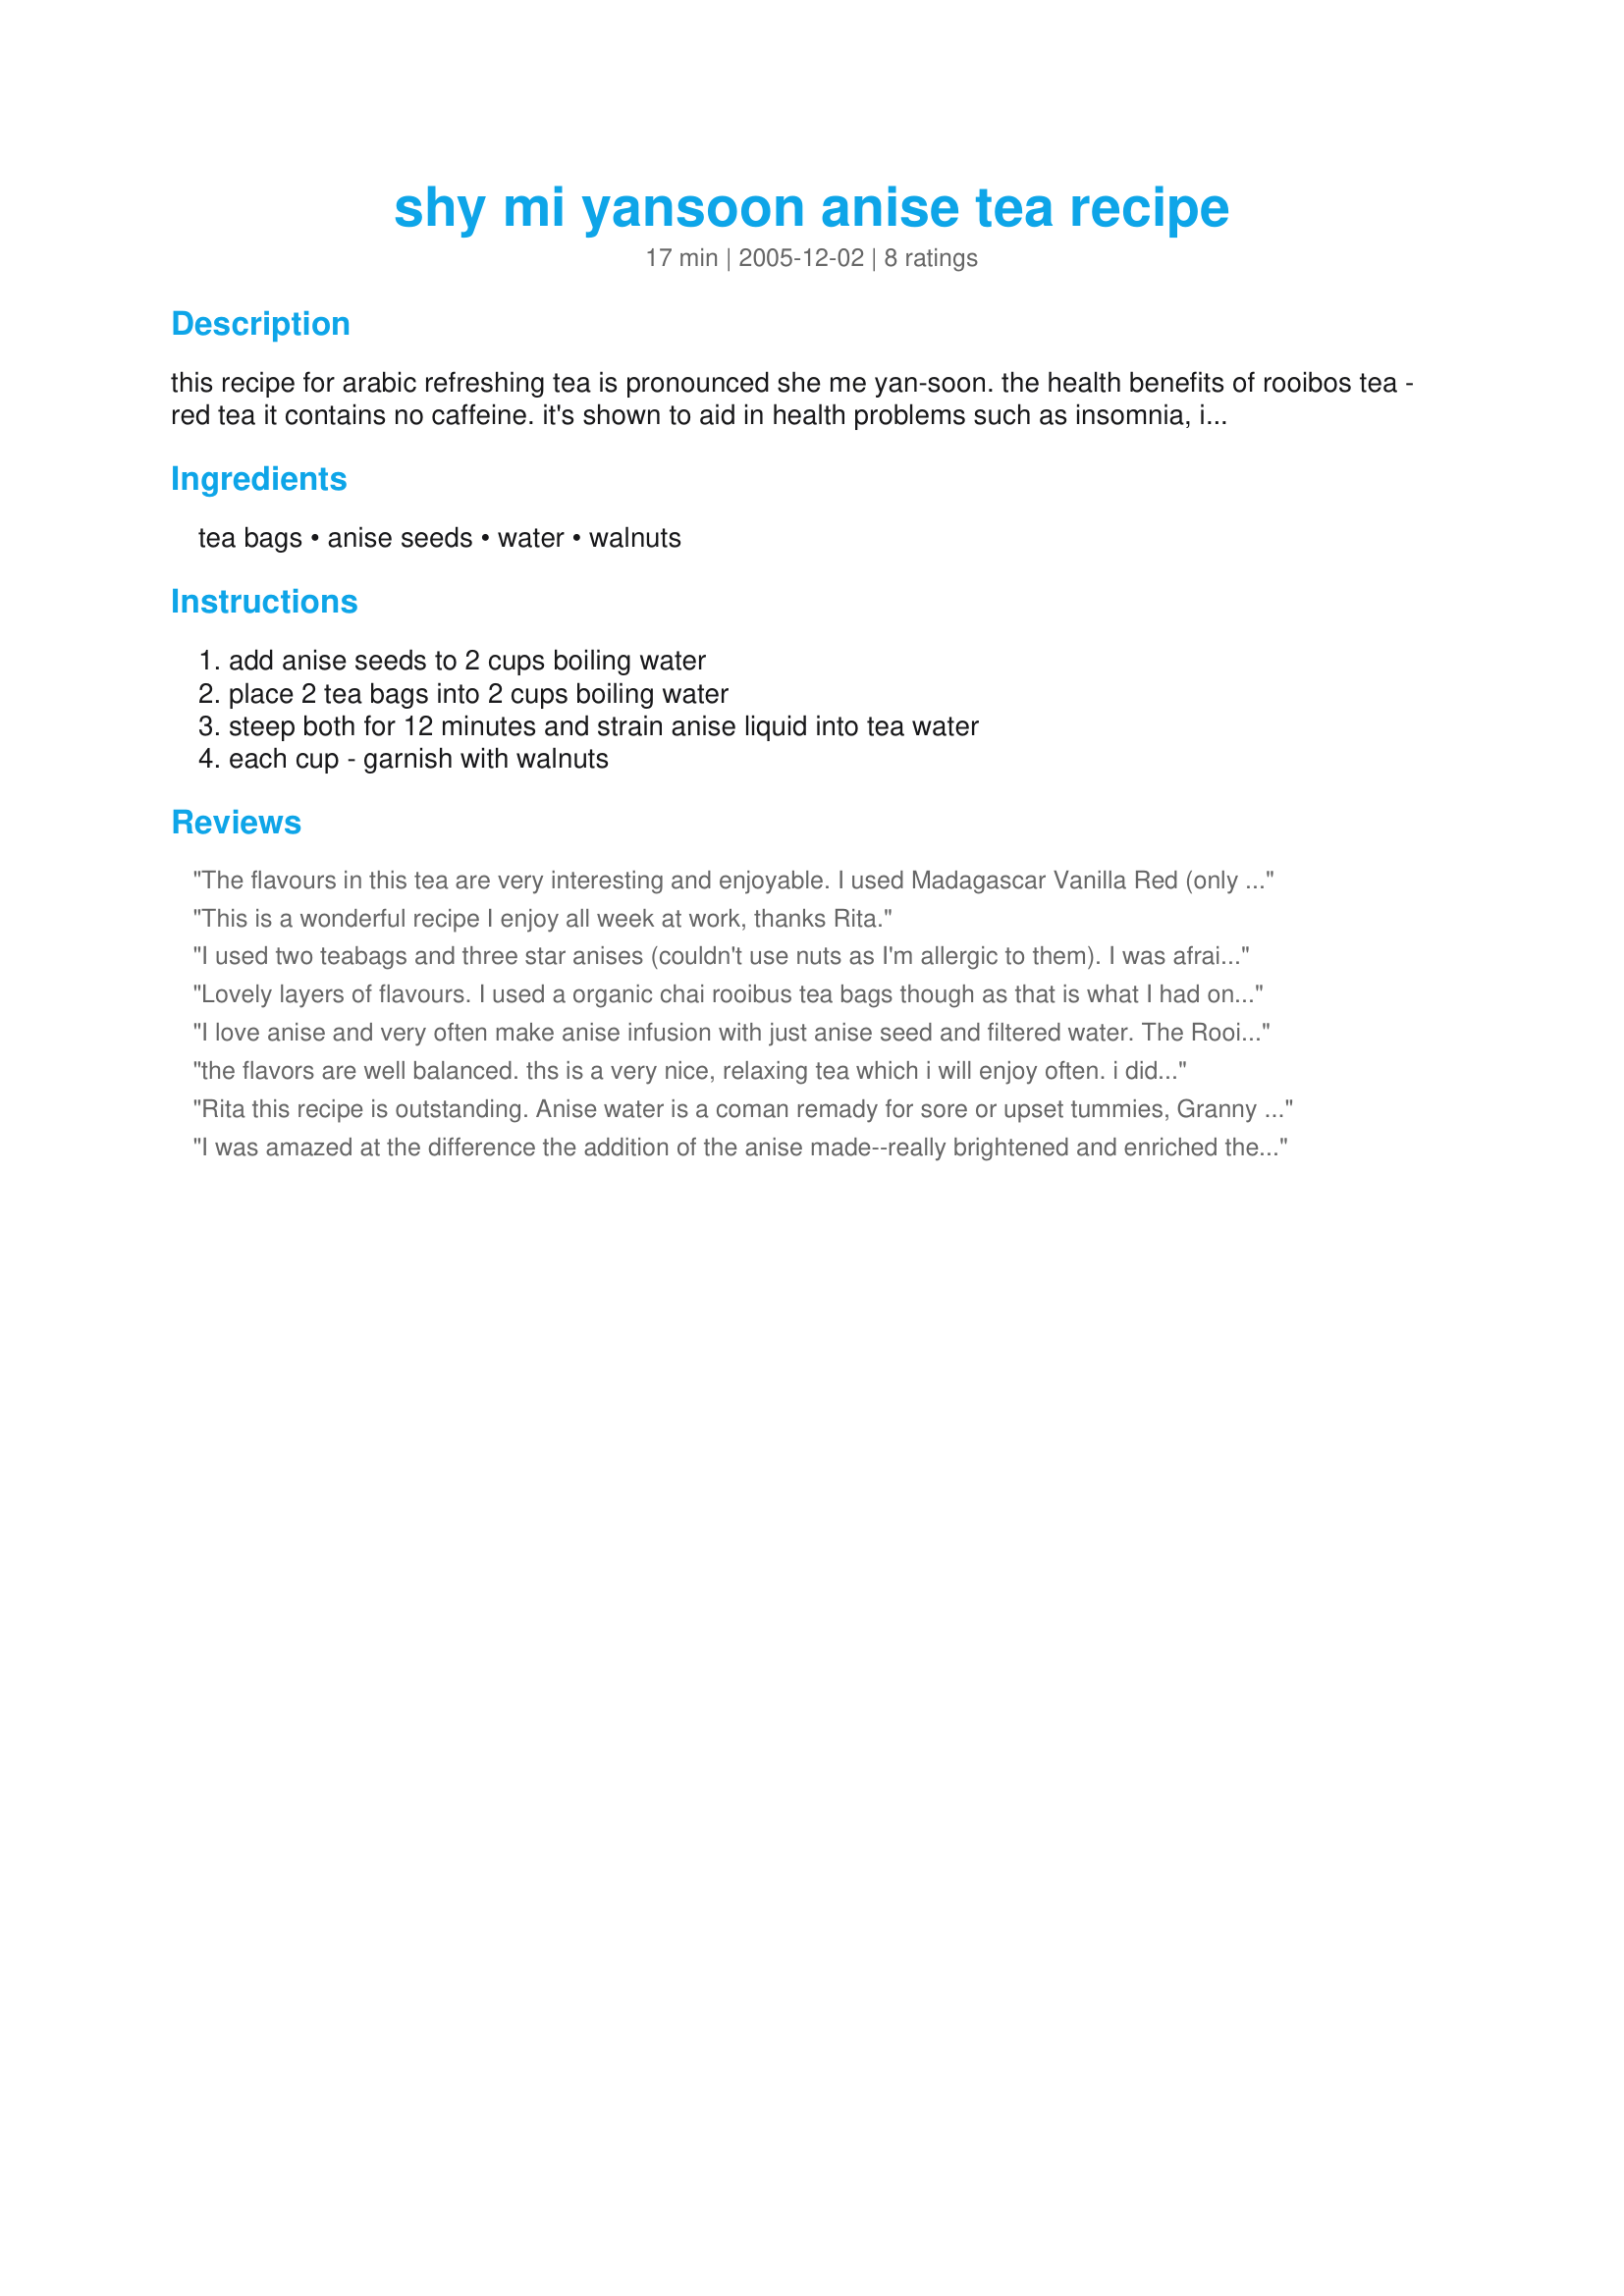
shy mi yansoon anise tea recipe
Preparation time: 17 minutes

this recipe for arabic refreshing tea is pronounced she me yan-soon. the health benefits of rooibos tea - red tea
it contains no caffeine. it's shown to aid in health problems such as insomnia, irritability, headaches, nervous tension, and hypertension. studies also show that this tea relieves anti- spasmodic agents, which can relieve stomach cramping and colic in infants. in south africa rooibos has been used to treat allergies such as hay fever, asthma and eczema very effectively. rooibos contains anti - oxidants which can help slow the aging process and boost the immune system. rooibos is a great thirst quencher and is an excellent beverage for active people, including children without sugar. this tea contains almost no oxalic acid, making it a good beverage for people prone to kidney stones. rooibos contains the following minerals: copper, iron and potassium, calcium, fluoride, zinc, manganese, alpha- hydroxy ( for healthy skin ) and magnesium ( for the nervous system ) are also components of this tea.

Ingredients:
tea bags, anise seeds, water, walnuts

Steps:
add anise seeds to 2 cups boiling water, place 2 tea bags into 2 cups boiling water, steep both for 12 minutes and strain anise liquid into tea water, each cup - garnish with walnuts

Reviews:
The flavours in this tea are very interesting and enjoyable. I used Madagascar Vanilla Red (only rooibos tea I could find). I omitted the walnuts. Thanks for posting. Made for ZWT4
This is a wonderful recipe I enjoy all week at work, thanks Rita.
I used two teabags and three star anises (couldn't use nuts as I'm allergic to them). I was afraid the anise taste might be overpowering, but it's a nice subtile flavour. Good drink!
Lovely layers of flavours. I used a organic chai rooibus tea bags though as that is what I had on hand but I will insha Allah (God willing) make this again with a regular rooibus tea bags. I am quite sure I like it more with the tea incorporated than the traditional way without. I like the walnuts in this. I would like to try this on DD2 for colic insha Allah! I will make this often.
I love anise and very often make anise infusion with just anise seed and filtered water. The Rooibos (I can't call it tea) adds an extra layer and depth to the anise that is lovely. I made all 4 cups of the recipe just for myself (the guys won't try anything healthy or "girly", good grief!) and I'll sip it all away with pleasure. Thanks for posting Rita, this is something that I'll use often.
the flavors are well balanced. ths is a very nice, relaxing tea which i will enjoy often. i didn't garnish with walnut, tho. thank you! made for veggie swap 6/11.
Rita this recipe is outstanding. Anise water is a coman remady for sore or upset tummies, Granny would likely whip a batch up and stand over you untill you drink every drop. Adding the tea makes it taste so much better. I will be making my anise water like this from now on wards and I will be passing the recipe on. Thank you for another gr8 recipe :)
I was amazed at the difference the addition of the anise made--really brightened and enriched the flavor of the tea. A very simple touch --a very good tea drink. Thanks, Rita!
